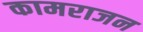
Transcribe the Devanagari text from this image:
कामराजन